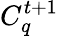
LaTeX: C_{q}^{t+1}